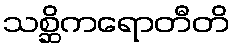
သစ္ဆိကရောတီတိ